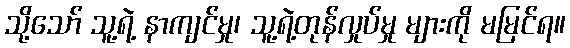
သို့သော် သူ့ရဲ့ နာကျင်မှု၊ သူ့ရဲ့တုန်လှုပ်မှု များကို မမြင်ရ။